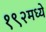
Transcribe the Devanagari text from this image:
१९२मध्ये